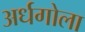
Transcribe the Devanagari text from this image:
अर्धगोला